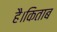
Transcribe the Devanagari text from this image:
है।किताब